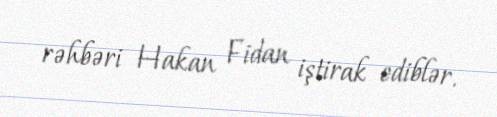
rəhbəri Hakan Fidan iştirak ediblər.